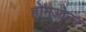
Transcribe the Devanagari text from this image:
होमओनर